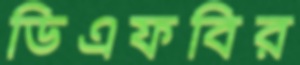
ডিএফবির